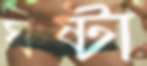
ঘষ্‌টা